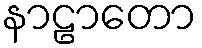
နာဠာတော